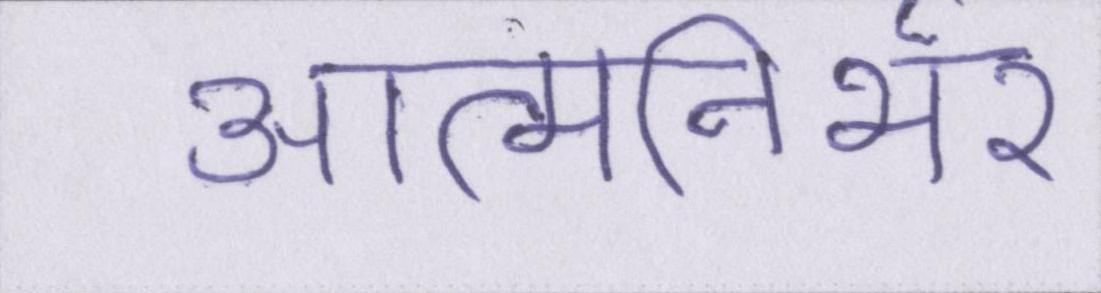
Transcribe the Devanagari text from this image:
आत्मनिर्भर